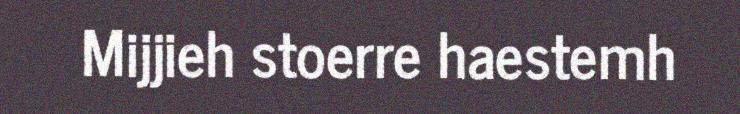
Mijjieh stoerre haestemh